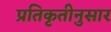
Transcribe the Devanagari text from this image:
प्रतिकृतीनुसार